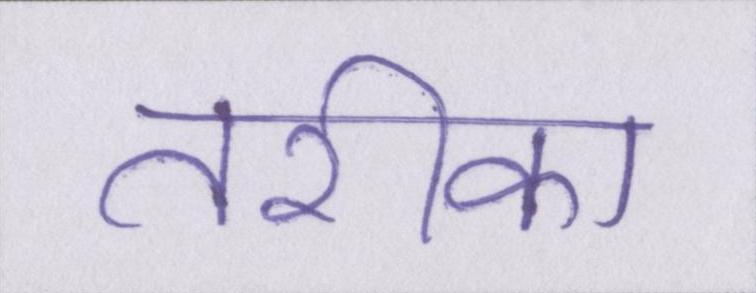
तरीका